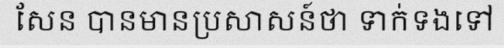
សែន បានមានប្រសាសន៍ថា ទាក់ទងទៅ